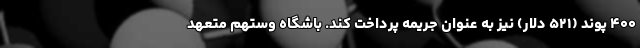
۴۰۰ پوند (۵۲۱ دلار) نیز به عنوان جریمه پرداخت کند. باشگاه وستهم متعهد